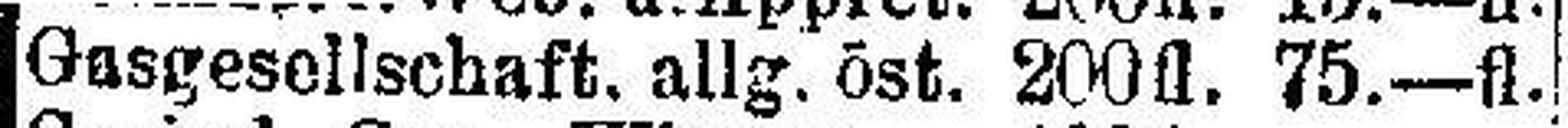
Gasgesellschaft. allg. öst. 200fl. 75—fl.